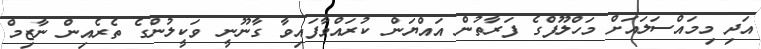
އަދި މިމައްސަލައަށް މަހްލޫފްގެ ފަރާތުން އައްޔަން ކުރައްވާފައިވާ ގާނޫނީ ވަކީލުންގެ ތެރެއިން ނާޒިމް